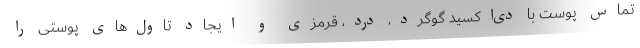
تماس پوست با دی‌اکسید گوگرد، درد، قرمزی و ایجاد تاول‌های پوستی را